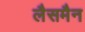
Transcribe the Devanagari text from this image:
लैसमैन